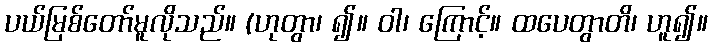
ပယ်မြစ်တော်မူလိုသည်။ (ဟုတွာ၊ ၍။ ဝါ၊ ကြောင့်။ ထပေတွာတိ၊ ဟူ၍။